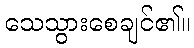
သေသွားစေချင်၏။